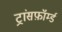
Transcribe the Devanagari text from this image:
ट्रांसफ़ॉर्म्ड